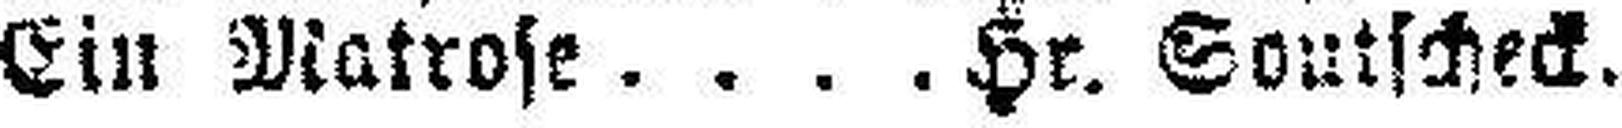
Ein Matrose Hr. Soutscheck.